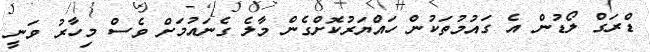
ޑްރަގް ލޯޑުން އެ ގައުމުތަކުން ހައްޔަރުކޮށްގެން މާލެ ގެނައުމަށް ވެސް މިހާރު ވަނީ